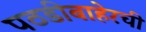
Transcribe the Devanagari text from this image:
पठडीबाहेरची